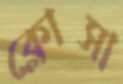
ক্লোসা